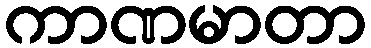
ကာဏမာတာ